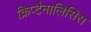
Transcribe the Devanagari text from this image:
क्रिप्टैनालिसिस